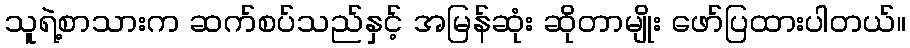
သူရဲ့စာသားက ဆက်စပ်သည်နှင့် အမြန်ဆုံး ဆိုတာမျိုး ဖော်ပြထားပါတယ်။